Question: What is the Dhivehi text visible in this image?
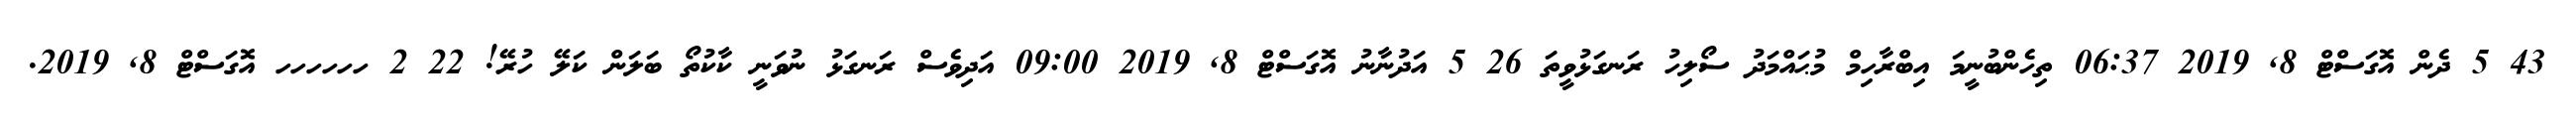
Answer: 43 5 ދެން އޮގަސްޓް 8, 2019 06:37 ތިހެންބުނީމަ އިބްރާހިމް މުޙައްމަދު ސޯލިހު ރަނގަޅުވީތަ 26 5 އަދުނާނު އޮގަސްޓް 8, 2019 09:00 އަދިވެސް ރަނގަޅު ނުވަނީ ކާކުތޯ ބަލަން ކަލޭ ހުރޭ! 22 2 ހހހހހހ އޮގަސްޓް 8, 2019.